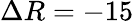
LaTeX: \Delta R=-15